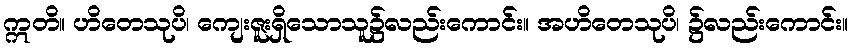
ဣတိ။ ဟိတေသုပိ၊ ကျေးဇူးရှိသောသူ၌လည်းကောင်း။ အဟိတေသုပိ၊ ၌လည်းကောင်း။